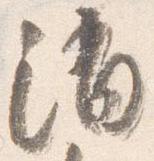
消